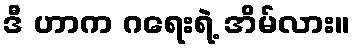
ဒီ ဟာက ဂရေးရဲ့ အိမ်လား။